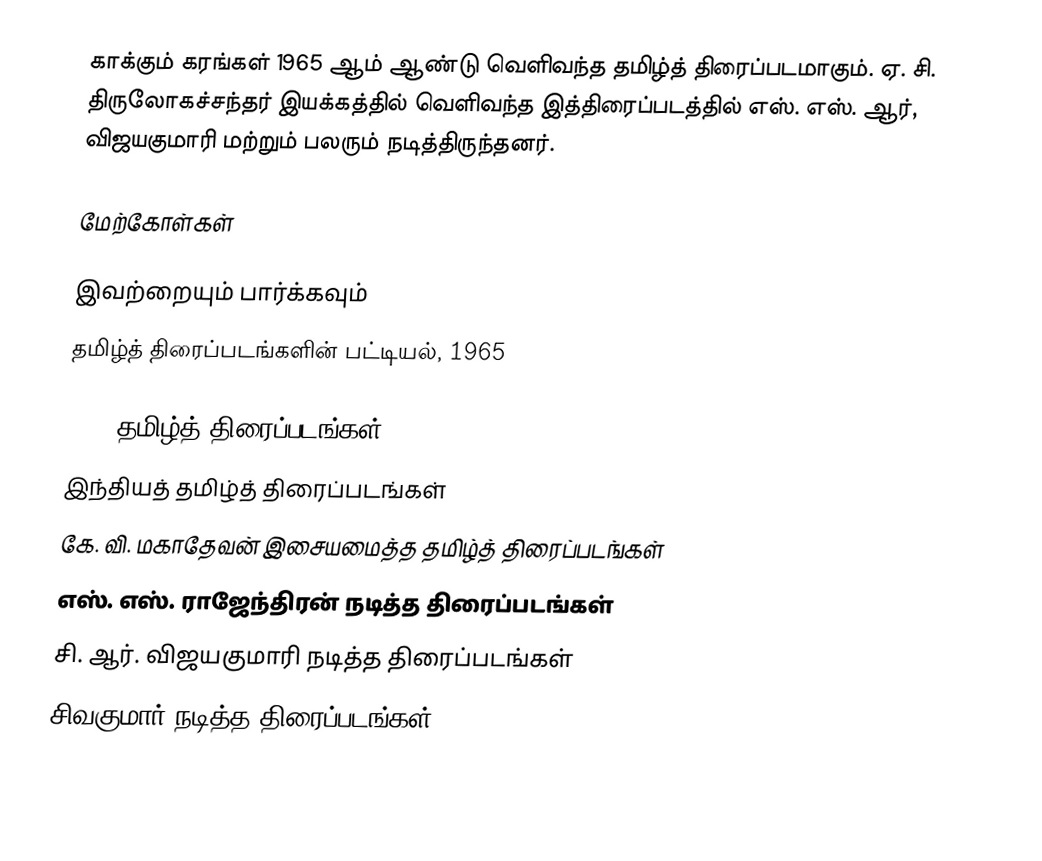
காக்கும் கரங்கள் 1965 ஆம் ஆண்டு வெளிவந்த தமிழ்த் திரைப்படமாகும். ஏ. சி. திருலோகச்சந்தர் இயக்கத்தில் வெளிவந்த இத்திரைப்படத்தில் எஸ். எஸ். ஆர், விஜயகுமாரி மற்றும் பலரும் நடித்திருந்தனர்.

மேற்கோள்கள்

இவற்றையும் பார்க்கவும்
 தமிழ்த் திரைப்படங்களின் பட்டியல், 1965

1965 தமிழ்த் திரைப்படங்கள்
இந்தியத் தமிழ்த் திரைப்படங்கள்
கே. வி. மகாதேவன் இசையமைத்த தமிழ்த் திரைப்படங்கள்
எஸ். எஸ். ராஜேந்திரன் நடித்த திரைப்படங்கள்
சி. ஆர். விஜயகுமாரி நடித்த திரைப்படங்கள்
சிவகுமார் நடித்த திரைப்படங்கள்